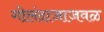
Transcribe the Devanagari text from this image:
गोलंदाजाजवळ